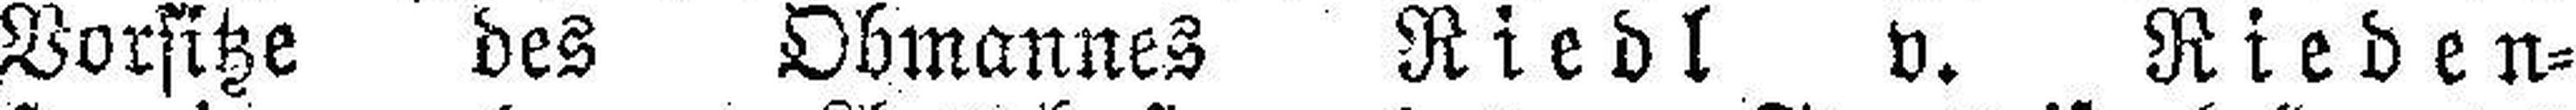
Vorsitze des Obmannes Riedl v. Rieden¬